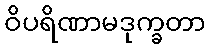
ဝိပရိဏာမဒုက္ခတာ